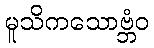
မူသိကသောဗ္ဘံဝ